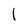
Character: l